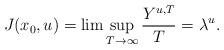
LaTeX: \begin{align*}J(x_0,u) = \lim\sup_{T \to \infty} \frac{Y^{u,T}}{T} = \lambda^u.\end{align*}